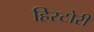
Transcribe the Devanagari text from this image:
हिस्टोरी